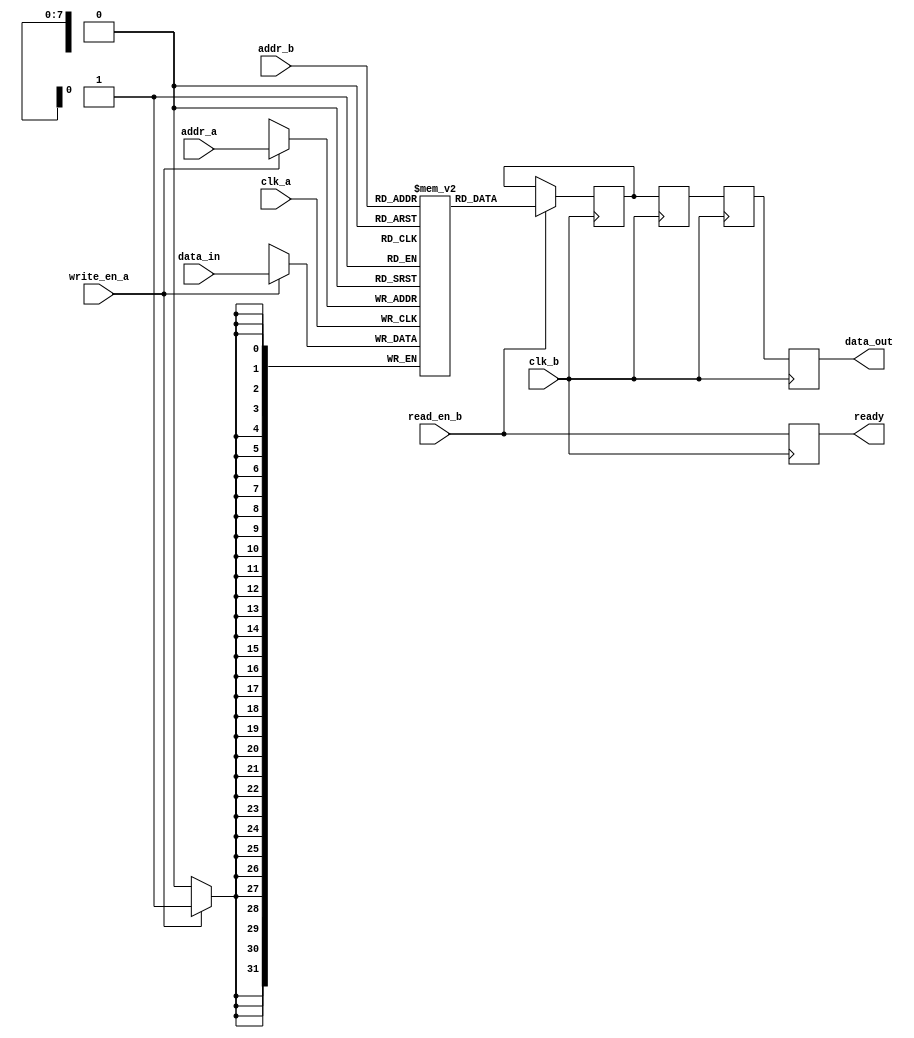
module MemoryBlocks #(
    parameter DATA_WIDTH = 32,
    parameter ADDR_WIDTH = 8,
    parameter MEM_DEPTH = 256,
    parameter DELAY_STAGES = 3
)(
    input wire clk_a,               // Clock for domain A
    input wire clk_b,               // Clock for domain B
    input wire [ADDR_WIDTH-1:0] addr_a, // Address for write/read in domain A
    input wire [ADDR_WIDTH-1:0] addr_b, // Address for read in domain B
    input wire [DATA_WIDTH-1:0] data_in, // Data input for write
    input wire write_en_a,          // Write enable for domain A
    input wire read_en_b,           // Read enable for domain B
    output wire [DATA_WIDTH-1:0] data_out, // Data output for read
    output wire ready               // Ready signal for handshaking
);

    // Memory array
    reg [DATA_WIDTH-1:0] memory [0:MEM_DEPTH-1];

    // Address decoder and control logic
    reg [DATA_WIDTH-1:0] data_out_reg;
    reg ready_reg;

    // Safe delay line for synchronization
    reg [DATA_WIDTH-1:0] delay_line [0:DELAY_STAGES-1];

    // Write operation in domain A
    always @(posedge clk_a) begin
        if (write_en_a) begin
            memory[addr_a] <= data_in; // Write data to memory
        end
    end

    // Read operation in domain B
    always @(posedge clk_b) begin
        if (read_en_b) begin
            data_out_reg <= memory[addr_b]; // Read data from memory
        end
    end

    // Safe delay line implementation
    integer i;
    always @(posedge clk_b) begin
        // Shift data through the delay line
        delay_line[0] <= data_out_reg; // First stage
        for (i = 1; i < DELAY_STAGES; i = i + 1) begin
            delay_line[i] <= delay_line[i-1]; // Shift
        end
    end

    // Output data after delay line
    assign data_out = delay_line[DELAY_STAGES-1];

    // Ready signal logic
    always @(posedge clk_b) begin
        ready_reg <= read_en_b; // Indicate when read is enabled
    end

    assign ready = ready_reg;

endmodule